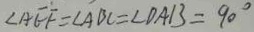
\angle A E F = \angle A B C = \angle D A B = 9 0 ^ { \circ }